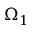
\Omega _ { 1 }